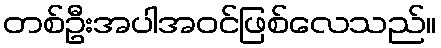
တစ်ဦးအပါအဝင်ဖြစ်လေသည်။